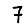
Digit: 7